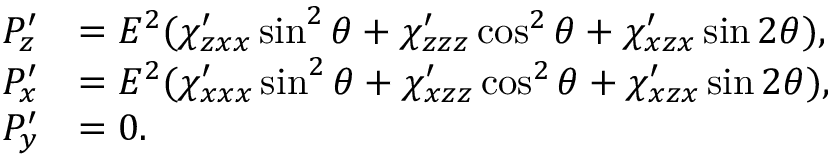
\begin{array} { r l } { P _ { z } ^ { \prime } } & { = E ^ { 2 } ( \chi _ { z x x } ^ { \prime } \sin ^ { 2 } \theta + \chi _ { z z z } ^ { \prime } \cos ^ { 2 } \theta + \chi _ { x z x } ^ { \prime } \sin 2 \theta ) , } \\ { P _ { x } ^ { \prime } } & { = E ^ { 2 } ( \chi _ { x x x } ^ { \prime } \sin ^ { 2 } \theta + \chi _ { x z z } ^ { \prime } \cos ^ { 2 } \theta + \chi _ { x z x } ^ { \prime } \sin 2 \theta ) , } \\ { P _ { y } ^ { \prime } } & { = 0 . } \end{array}